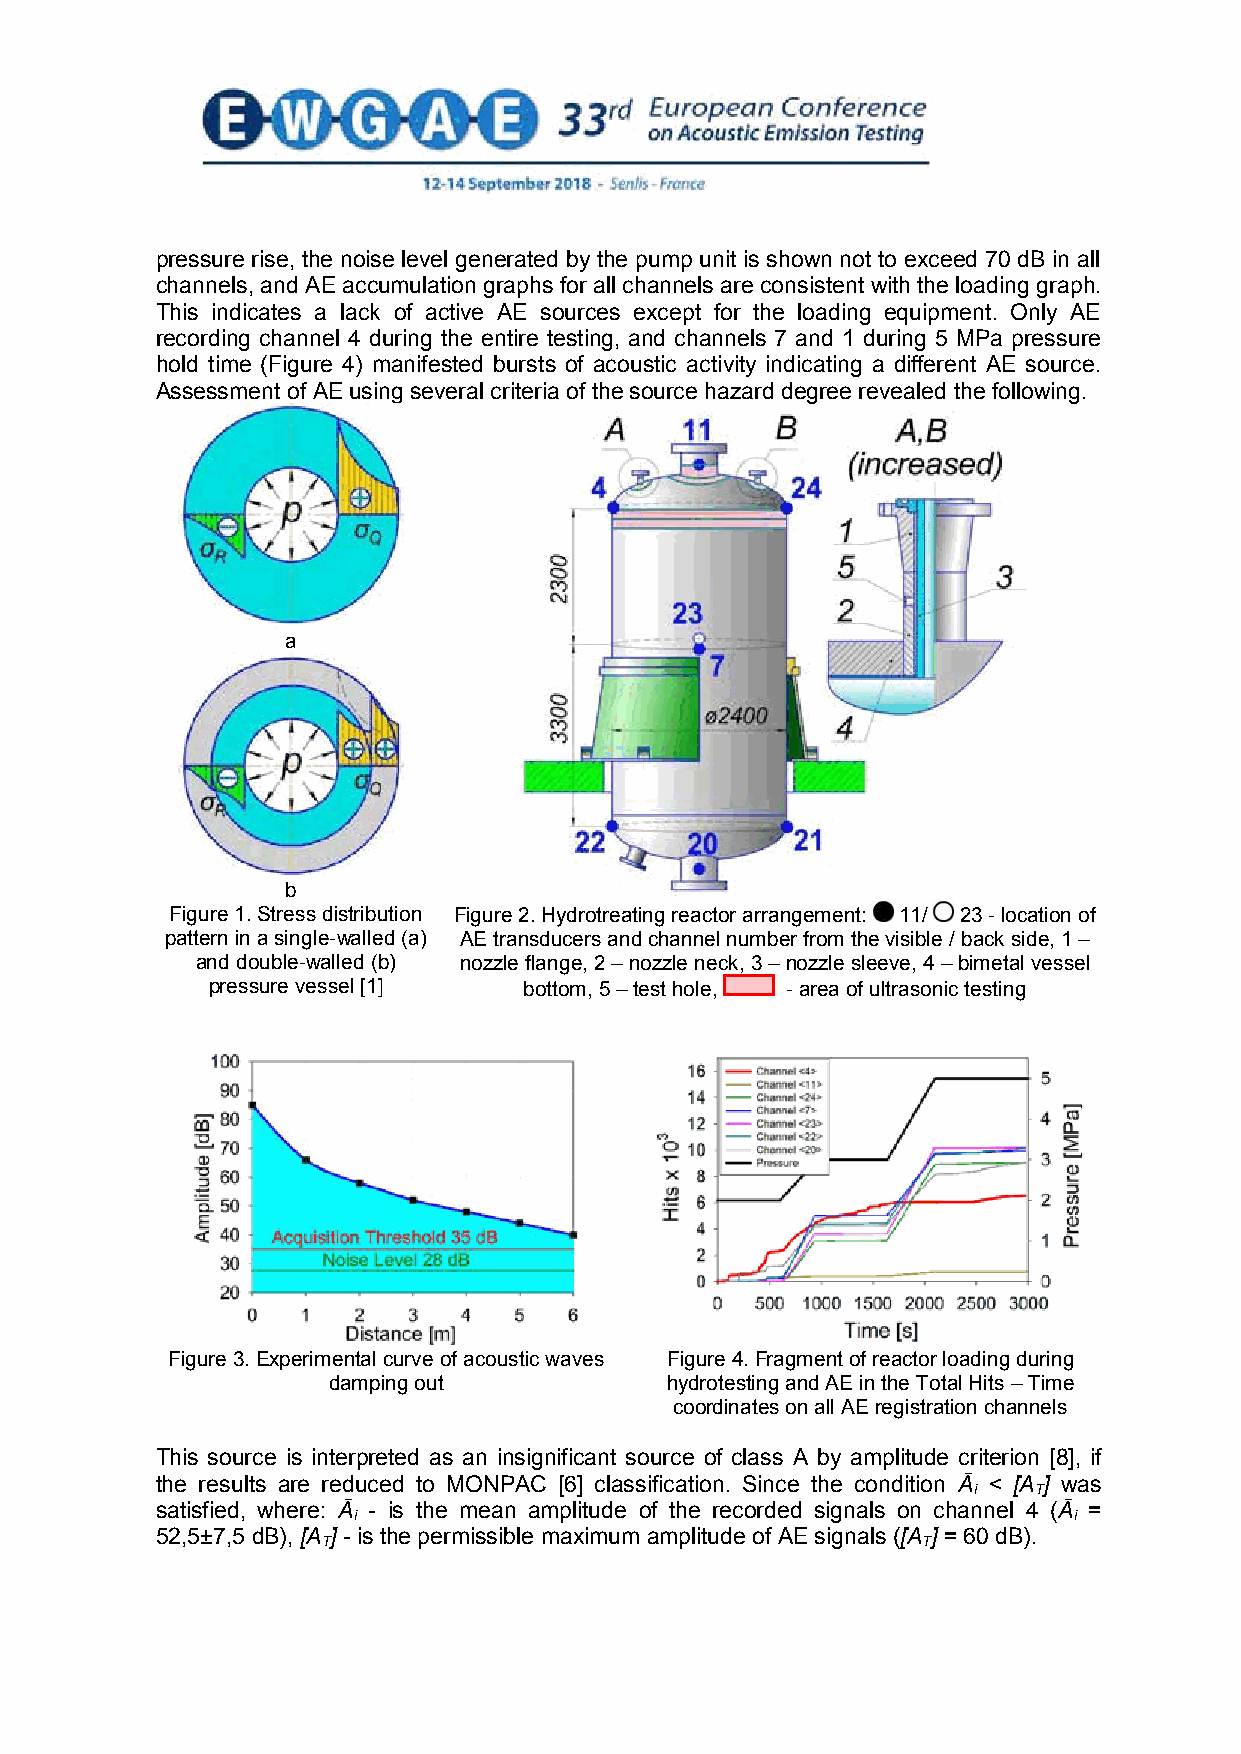
pressure rise, the noise level generated by the pump unit is shown not to exceed 70 dB in all
 channels, and AE accumulation graphs for all channels are consistent with the loading graph.
 This indicates a lack of active AE sources except for the loading equipment. Only AE
 recording channel 4 during the entire testing, and channels 7 and 1 during 5 MPa pressure
 hold time (Figure 4) manifested bursts of acoustic activity indicating a different AE source.
 Assessment of AE using several criteria of the source hazard degree revealed the following.
 a
 b
 Figure 1. Stress distribution Figure 2. Hydrotreating reactor arrangement: 11/ 23 - location of
 pattern in a single-walled (a) AE transducers and channel number from the visible / back side, 1 –
 and double-walled (b) nozzle flange, 2 – nozzle neck, 3 – nozzle sleeve, 4 – bimetal vessel
 pressure vessel [1]  bottom, 5 – test hole, - area of ultrasonic testing
 Figure 3. Experimental curve of acoustic waves Figure 4. Fragment of reactor loading during
 damping out           hydrotesting and AE in the Total Hits – Time
 coordinates on all AE registration channels
 This source is interpreted as an insignificant source of class A by amplitude criterion [8], if
 the results are reduced to MONPAC [6] classification. Since the condition Ā < [A ] was
 i   T
 satisfied, where: Ā - is the mean amplitude of the recorded signals on channel 4 (Ā =
 i                                               i
 52,5±7,5 dB), [A ] - is the permissible maximum amplitude of AE signals ([A ] = 60 dB).
 T                                       T
 3